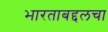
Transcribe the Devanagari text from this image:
भारताबद्दलचा